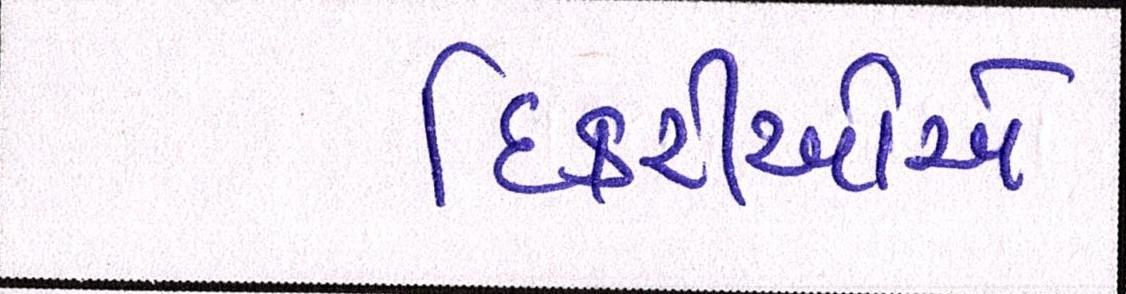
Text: દિકરીઓએ